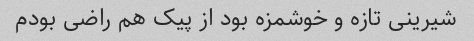
شیرینی تازه و خوشمزه بود از پیک هم راضی بودم